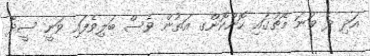
އަދި ދެ ވަނަ މެޗުގައި ހޮންކޮންގ އަތުން ވެސް ބަލިވެފައި ވަނީ ސީދާ